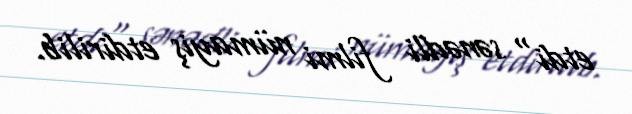
etdi" sənədli filmi nümayiş etdirilib.